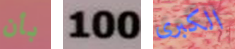
بأن 100 الكبرى